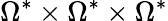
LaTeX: \Omega^{*}\times\Omega^{*}\times\Omega^{*}